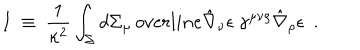
I ~ \equiv ~ \frac { 1 } { \kappa ^ { 2 } } \int _ { \Sigma } d \Sigma _ { \mu } \, o v e r l i n e { \hat { \nabla } _ { \nu } \epsilon } \ \gamma ^ { \mu \nu \rho } \hat { \nabla } _ { \rho } \epsilon \ \ .